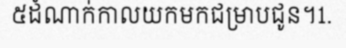
៥ដំណាក់កាលយកមកជម្រាបជូន។1.